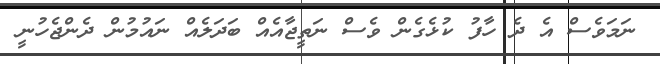
ނަމަވެސް އެ ދެ ހާފު ކުޅެގެން ވެސް ނަތީޖާއެއް ބަދަލެއް ނައުމުން ދެންޖެހުނީ